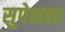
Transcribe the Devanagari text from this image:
सुपेशसा